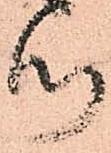
つ